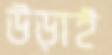
উড়াই